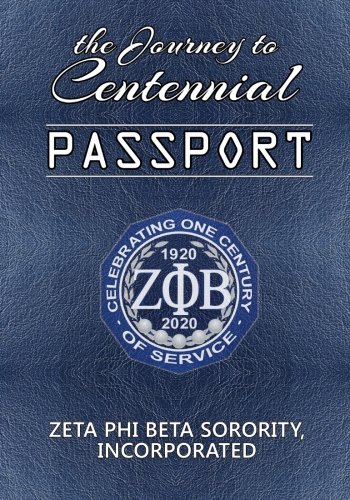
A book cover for The Journey to Centennial PASSPORT: Zeta Phi Beta Sorority, Incorporated; Zeta Phi Beta Sorority Incorporated; Reference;